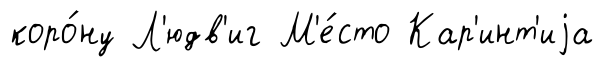
коро́ну Л'юдв'иг М'е́сто Кар'инт'иjа